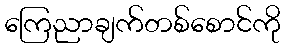
ကြေညာချက်တစ်စောင်ကို